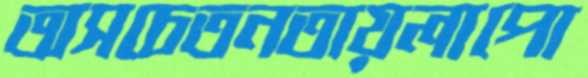
অসচেতনতায়লাপো